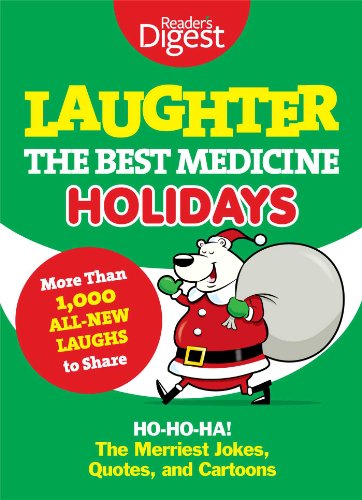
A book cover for Laughter, the Best Medicine: Holidays: Ho, Ho, Ha! The Merriest Jokes, Quotes, and Cartoons; Editors of Reader's Digest; Humor & Entertainment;